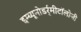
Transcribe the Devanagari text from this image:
इम्य्यूनोडर्र्मीटॉलोजी